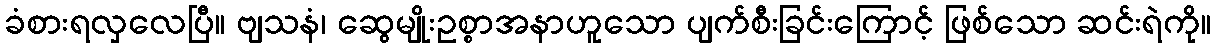
ခံစားရလှလေပြီ။ ဗျသနံ၊ ဆွေမျိုးဥစ္စာအနာဟူသော ပျက်စီးခြင်းကြောင့် ဖြစ်သော ဆင်းရဲကို။